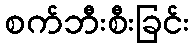
စက်ဘီးစီးခြင်း